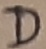
Text: D